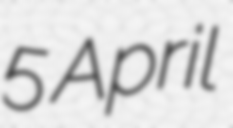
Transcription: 5 April